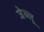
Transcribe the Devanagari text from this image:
जेब्‍लू